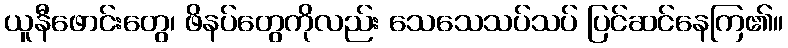
ယူနီဖောင်းတွေ၊ ဖိနပ်တွေကိုလည်း သေသေသပ်သပ် ပြင်ဆင်နေကြ၏။